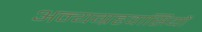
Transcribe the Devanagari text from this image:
अन्यग्रहवासियों